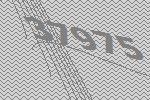
37975